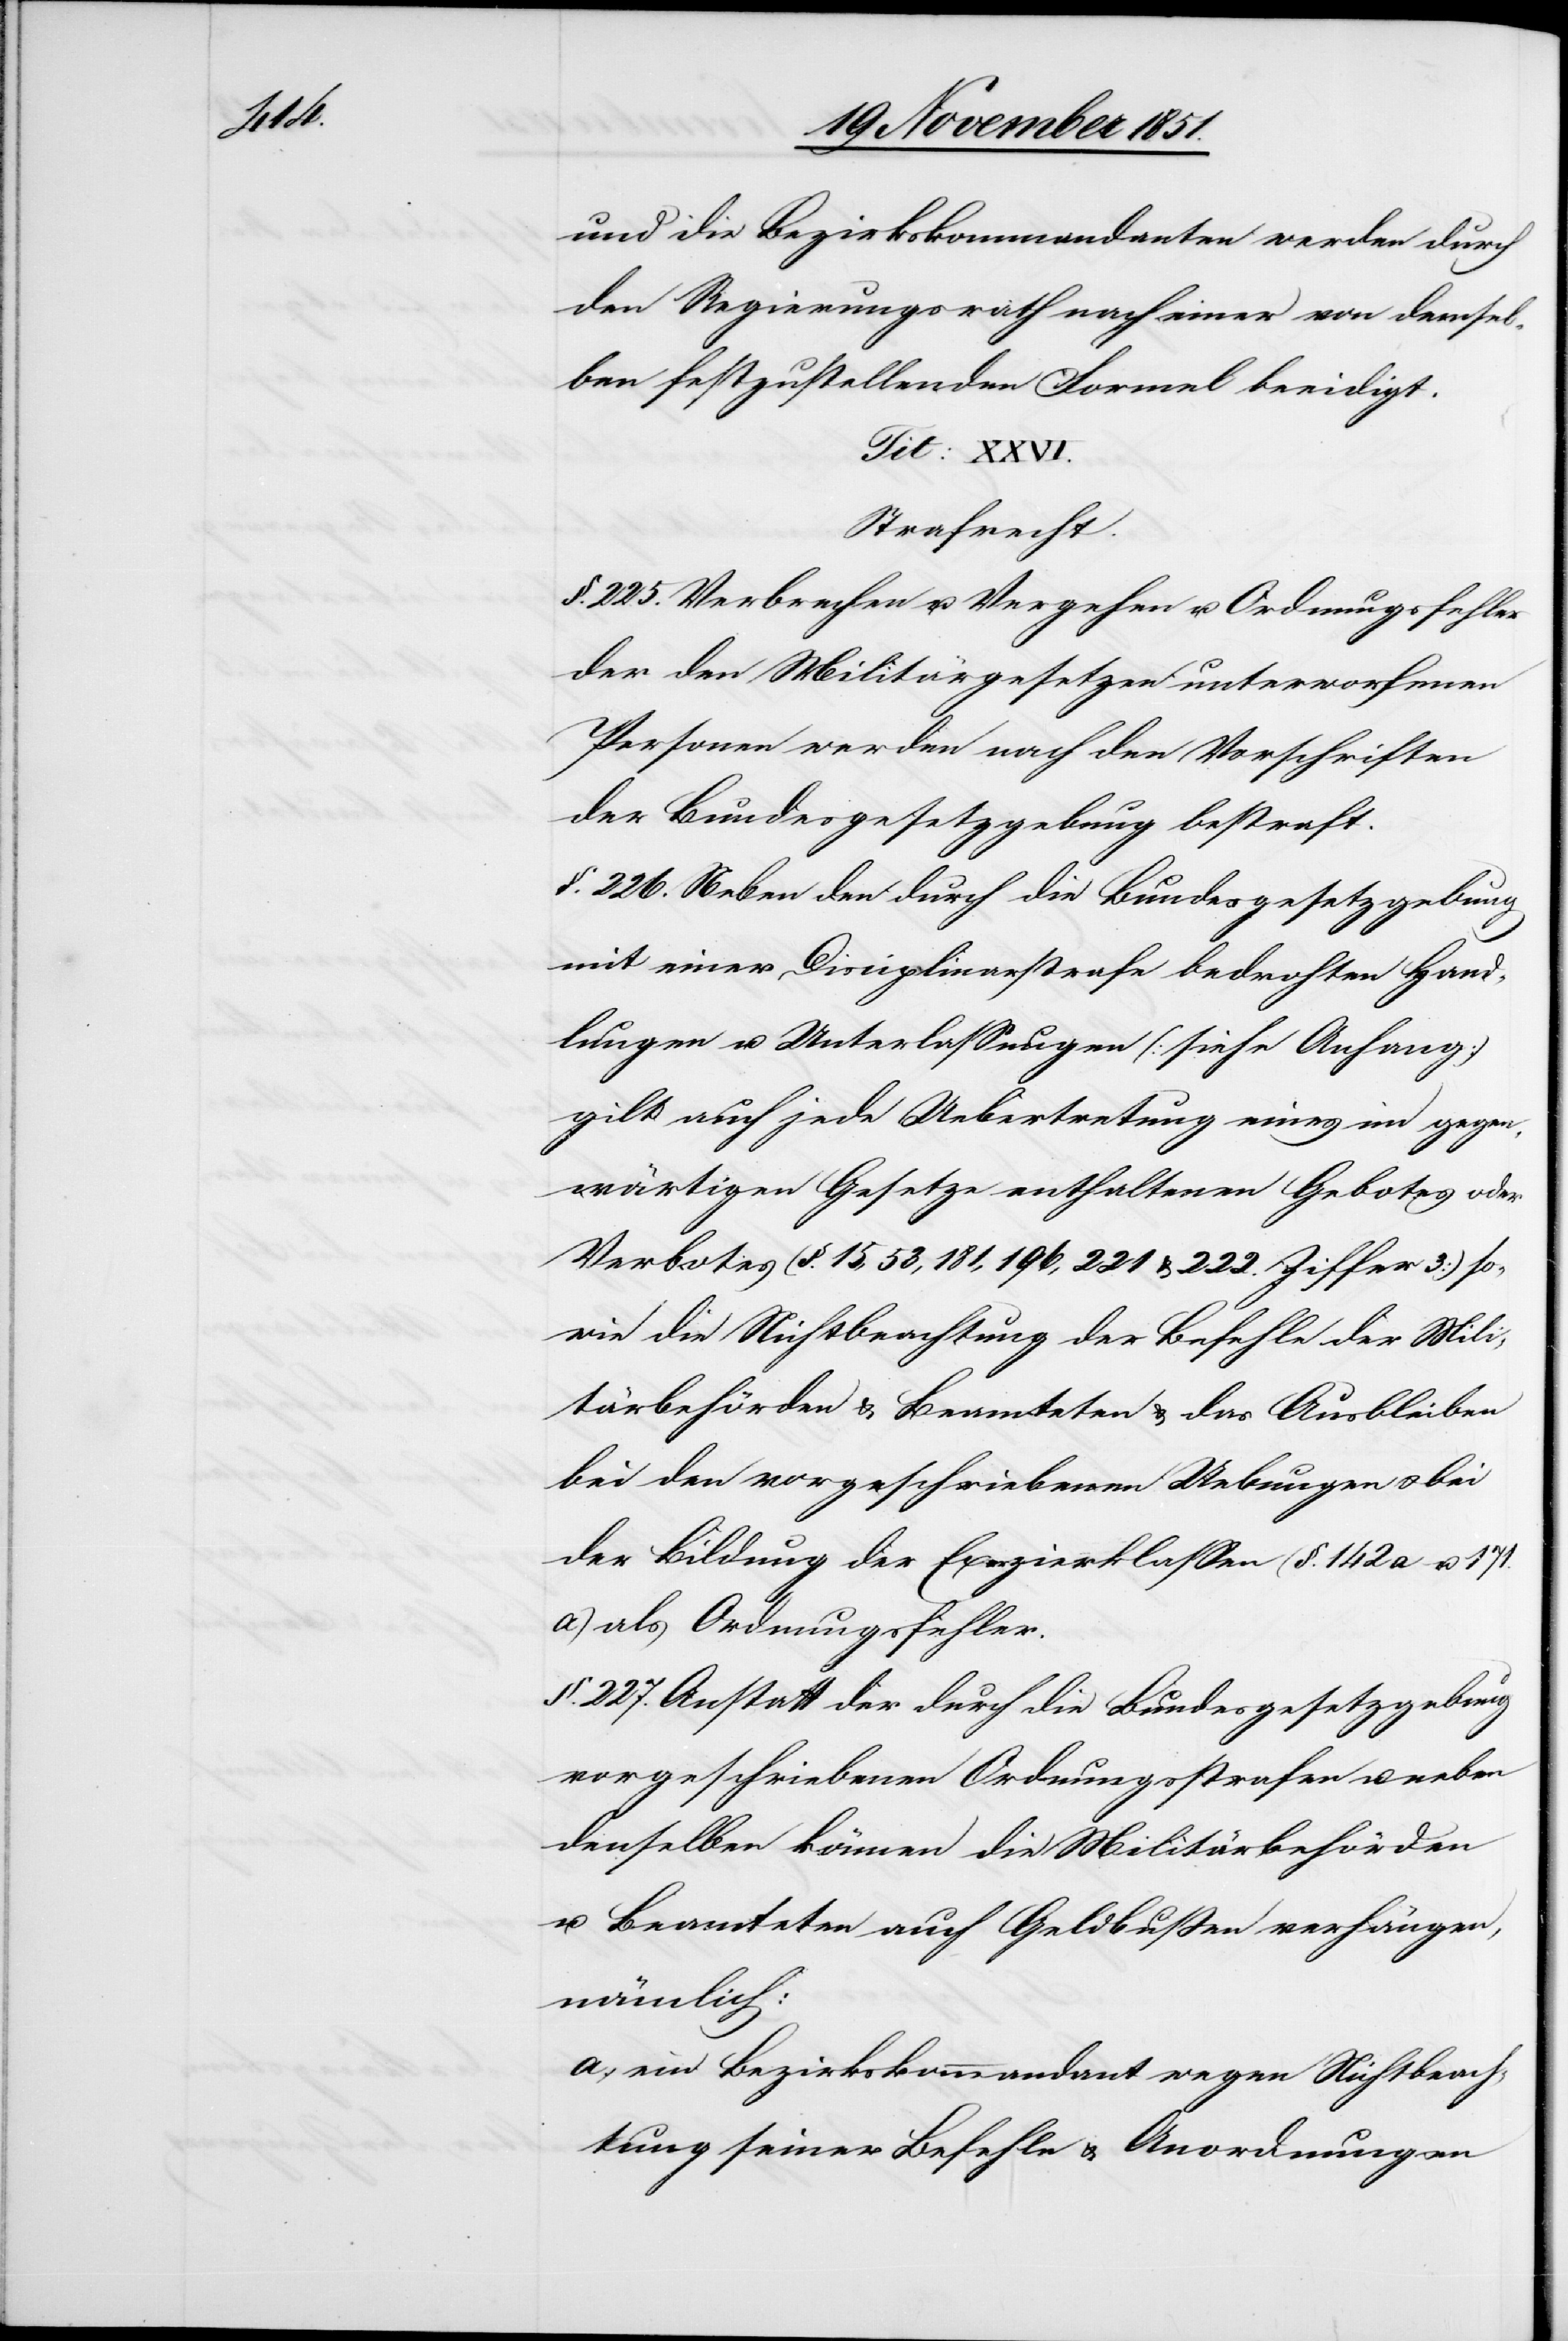
171.

und die Bezirkskommandanten werden durch
den Regierungsrath nach einer von demsel¬
ben festzustellenden Formel beeidigt.
Strafrecht.
§. 225. Verbrechen u. Vergehen u. Ordnungsfehler
der den Militärgesetzen unterworfenen
Personen werden nach den Vorschriften
der Bundesgesetzgebung bestraft.
§. 226. Neben den durch die Bundesgesetzgebung
mit einer Disciplinarstrafe bedrohten Hand¬
lungen u. Unterlassungen (siehe Anhang)
gilt auch jede Uebertretung eines im gegen¬
wärtigen Gesetze enthaltenen Gebotes oder
Verbotes (§. 15, 53, 181, 196, 221 & 222. Ziffer 3) so¬
wie die Nichtbeachtung der Befehle der Mili¬
tärbehörden & Beamteten & das Ausbleiben
bei den vorgeschriebenen Uebungen & bei
der Bildung der Exerzierklassen (§. 142 a u.
a) als Ordnungsfehler.
§. 227. Anstatt der durch die Bundesgesetzgebung
vorgeschriebenen Ordnungsstrafen u. neben
denselben können die Militärbehörden
u. Beamteten auch Geldbußen verhängen,
nämlich:
ein Bezirkskommandant wegen Nichtbeach¬
tung seiner Befehle & Anordnungen